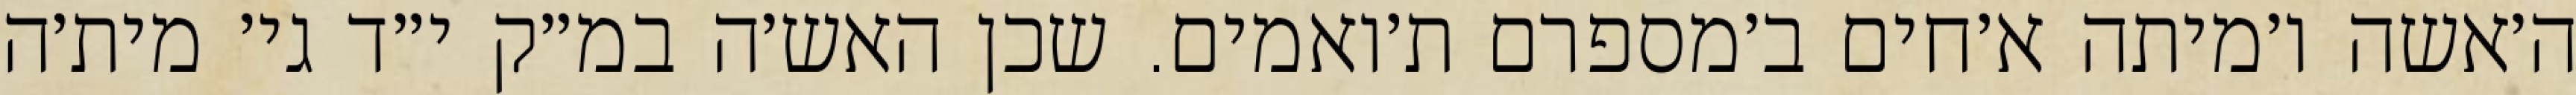
ה׳אשה ו׳מיתה א׳חים ב׳מספרם ת׳ואמים. שכן האש׳ה במ״ק י״ד גי׳ מית׳ה